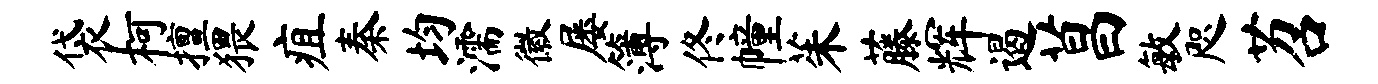
袋柯擅猥疽秦均濡徽屡簿佟幢茱藤辉遏菖敏咫苕